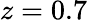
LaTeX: z=0.7